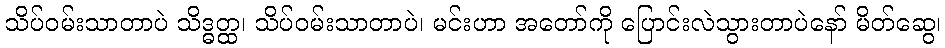
သိပ်ဝမ်းသာတာပဲ သိဒ္ဓတ္ထ၊ သိပ်ဝမ်းသာတာပဲ၊ မင်းဟာ အတော်ကို ပြောင်းလဲသွားတာပဲနော် မိတ်ဆွေ၊